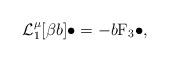
LaTeX: \begin{align*} \mathcal{L}_1^{\mu}[\beta b]\bullet = -b \mathrm{F}_3\bullet, \end{align*}